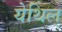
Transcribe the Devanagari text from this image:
येथिल्